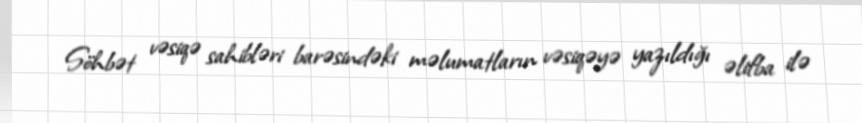
Söhbət vəsiqə sahibləri barəsindəki məlumatların vəsiqəyə yazıldığı əlifba ilə